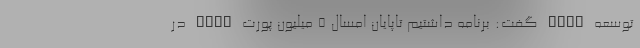
توسعه VDSL گفت: برنامه داشتیم تاپایان امسال ۵ میلیون پورت VDSL در